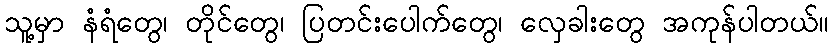
သူ့မှာ နံရံတွေ၊ တိုင်တွေ၊ ပြတင်းပေါက်တွေ၊ လှေခါးတွေ အကုန်ပါတယ်။